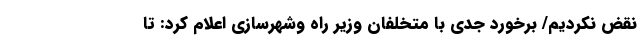
نقض نکردیم/ برخورد جدی با متخلفان وزیر راه وشهرسازی اعلام کرد: تا